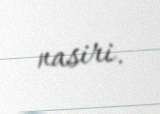
nasiri.